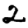
Digit: 2